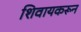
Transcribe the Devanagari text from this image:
शिवायकरून